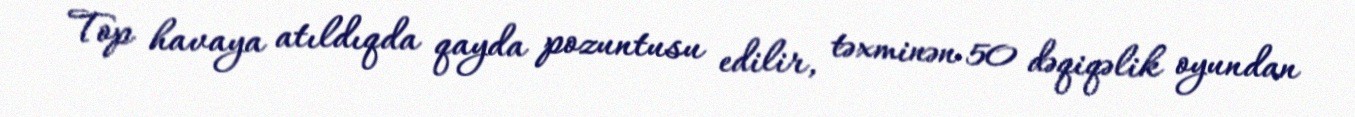
Top havaya atıldıqda qayda pozuntusu edilir, təxminən 50 dəqiqəlik oyundan